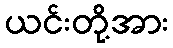
ယင်းတို့အား